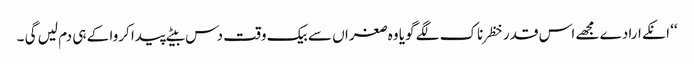
‘‘ انکے ارادے مجھے اس قدر خظرناک لگے گویا وہ صغراں سے بیک وقت دس بیٹے پیدا کروا کے ہی دم لیں گی ۔